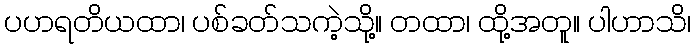
ပဟရတိယထာ၊ ပစ်ခတ်သကဲ့သို့။ တထာ၊ ထို့အတူ။ ပါဟာသိ၊